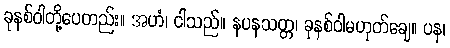
ခုနစ်ဝါတို့ပေတည်း။ အဟံ၊ ငါသည်။ နပနသတ္တ၊ ခုနစ်ဝါမဟုတ်ချေ။ ပန၊